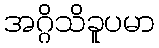
အဂ္ဂိသိခူပမာ